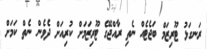
ރަނގަޅު ޓޫރިޒަމް ބަޖެޓެއް ނެތި ރާއްޖޭގެ ޓޫރިޒަމަށް ކުރިއަށް ދެވެން ނެތް ކަމަށް